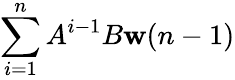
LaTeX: \sum_{i=1}^{n}A^{i-1}B\mathbf{w}(n-1)